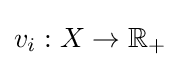
v_{i}:X\to \mathbb {R} _{+}